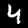
Digit: 4